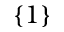
\{ 1 \}